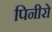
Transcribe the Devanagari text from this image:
पिनीरो